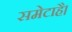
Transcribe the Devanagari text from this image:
समेटाहै।